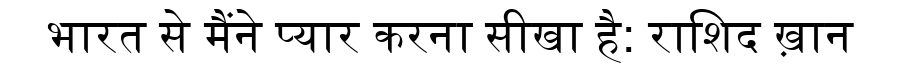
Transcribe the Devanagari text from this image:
भारत से मैंने प्यार करना सीखा है: राशिद ख़ान